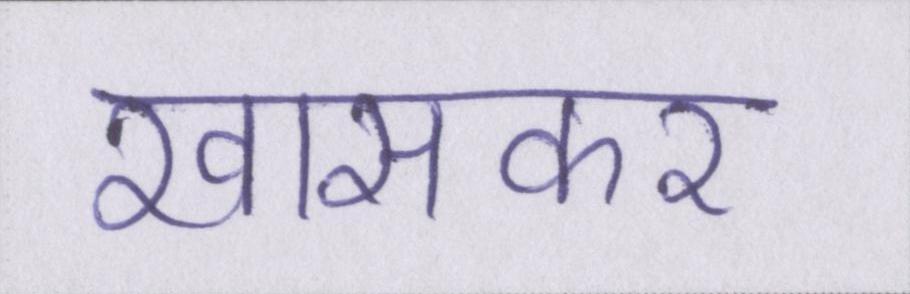
खासकर